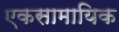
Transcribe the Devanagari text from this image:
एकसामायिक